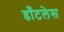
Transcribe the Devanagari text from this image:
डाँटलेस